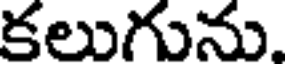
కలుగును.